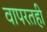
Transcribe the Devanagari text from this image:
वापरतही